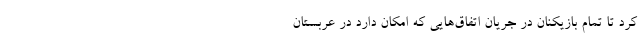
کرد تا تمام بازیکنان در جریان اتفاق‌هایی که امکان دارد در عربستان